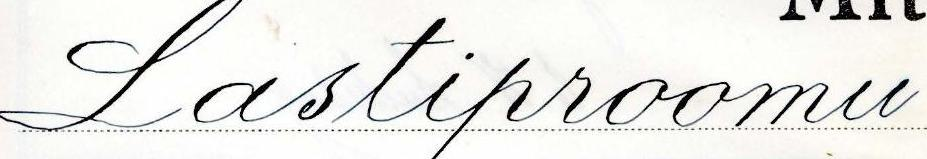
Lastiproomu